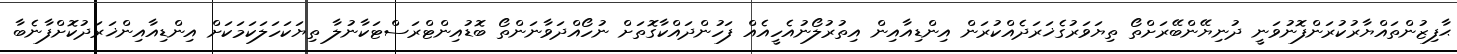
ޙާފިޒުންތައްޔާރުކުރަންފޮނުވަނީ ދުނިޔޭންބޭރަށްތޯ ތިޔަވަރުގެޚަރަދެއްކުރަން އިންޑިއާއިން އިތުރުލޯނުއެހީއެއް ފަހުންދައްކާގޮތަށް ނުހޯއްދަވާނަންތޯ ބޮޑުއިންޓްރަސްޓަކާނުލާ ތިޔަކަހަލަކަމަކަށް އިންޑިއާއިންޚަރަދުކޮށްފާނެބާ